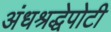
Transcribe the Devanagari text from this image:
अंधश्रद्धेपोटी